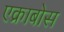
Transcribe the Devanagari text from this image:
एक्राबोस